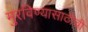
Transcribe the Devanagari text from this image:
मुरविण्यासाठीची